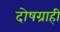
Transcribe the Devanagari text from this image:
दोषग्राही